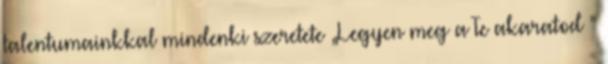
talentumainkkal mindenki szeretete „Legyen meg a Te akaratod ”